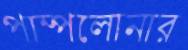
পাম্পলোনার